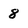
Character: 8